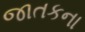
જાતકના